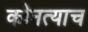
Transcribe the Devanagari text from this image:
कोनत्याच